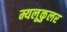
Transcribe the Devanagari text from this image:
म्यलूकुलर